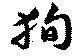
狥